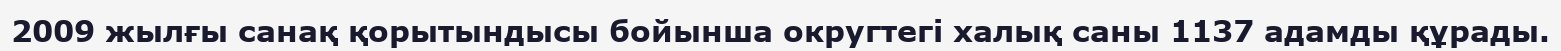
2009 жылғы санақ қорытындысы бойынша округтегі халық саны 1137 адамды құрады.